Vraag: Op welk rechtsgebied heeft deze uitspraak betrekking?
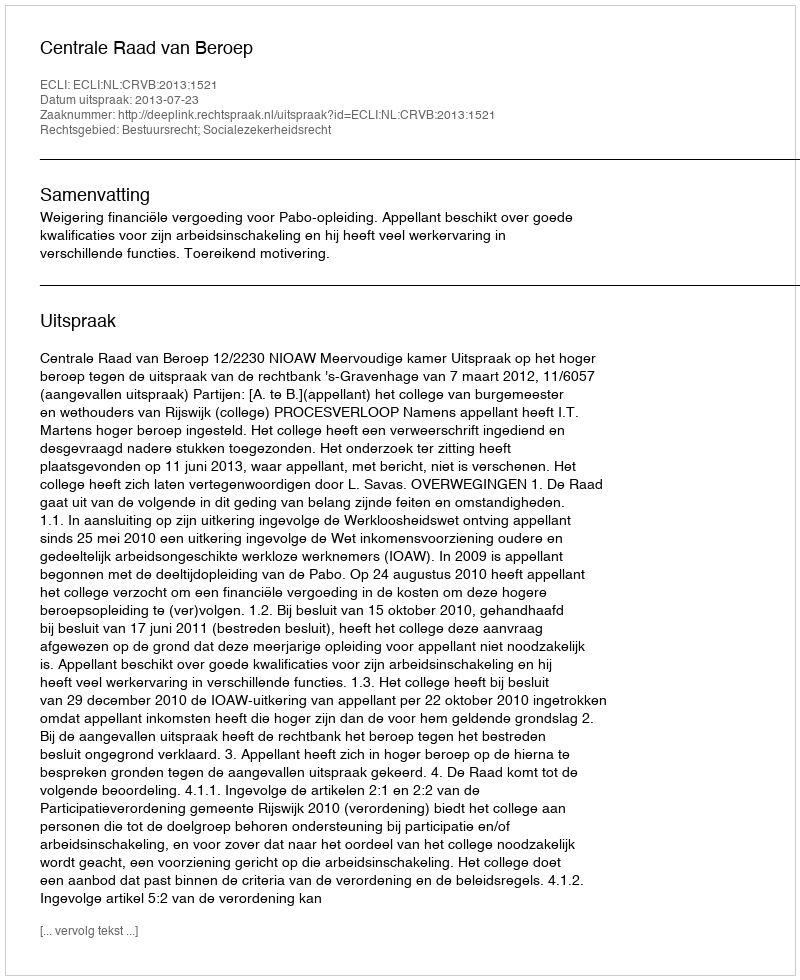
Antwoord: Bestuursrecht; Socialezekerheidsrecht